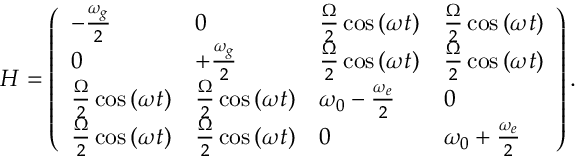
\begin{array} { r } { H = \left( \begin{array} { l l l l } { - \frac { \omega _ { g } } { 2 } } & { 0 } & { { \frac { \Omega } { 2 } \cos \left( \omega t \right) } } & { { \frac { \Omega } { 2 } \cos \left( \omega t \right) } } \\ { 0 } & { + \frac { \omega _ { g } } { 2 } } & { { \frac { \Omega } { 2 } \cos \left( \omega t \right) } } & { { \frac { \Omega } { 2 } \cos \left( \omega t \right) } } \\ { { \frac { \Omega } { 2 } \cos \left( \omega t \right) } } & { { \frac { \Omega } { 2 } \cos \left( \omega t \right) } } & { \omega _ { 0 } - \frac { \omega _ { e } } { 2 } } & { 0 } \\ { { \frac { \Omega } { 2 } \cos \left( \omega t \right) } } & { { \frac { \Omega } { 2 } \cos \left( \omega t \right) } } & { 0 } & { \omega _ { 0 } + \frac { \omega _ { e } } { 2 } } \end{array} \right) . } \end{array}